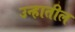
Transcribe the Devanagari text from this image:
उन्हातील